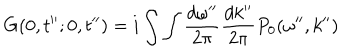
G ( 0 , t ^ { \prime \prime } ; 0 , t ^ { \prime \prime } ) = i \int \int \frac { d \omega ^ { \prime \prime } } { 2 \pi } \frac { d k ^ { \prime \prime } } { 2 \pi } P _ { 0 } ( \omega ^ { \prime \prime } , k ^ { \prime \prime } )